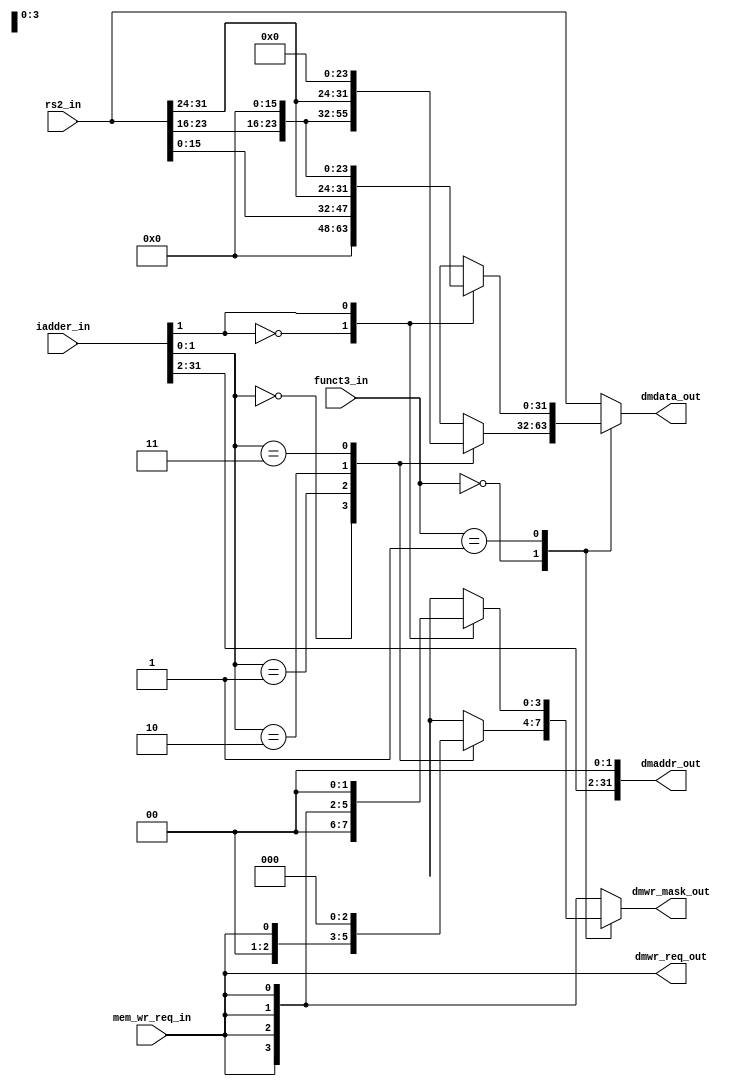
module store_unit(
    input [1:0] funct3_in,      // 00- store byte; 01- store half word; 10- store word
    input [31:0] iadder_in,     // Adderess to be used   // Unaligned
    input [31:0] rs2_in,        // Data to be written    // Unaligned
    input mem_wr_req_in,
    output [31:0] dmdata_out,   // Aligned data
    output [31:0] dmaddr_out,   // Aligned address
    output [3:0] dmwr_mask_out, // Bit mask; 
    output dmwr_req_out         // Write enable signal
    );
    
    // Declaring reg type nets
    reg [31:0] data_out;
    reg [3:0] mask_out;
    
    always @ (*)
    begin
        case (funct3_in)
            2'b00:
            begin
                case (iadder_in[1:0])
                    2'b00:
                    begin
                        mask_out = {1'b0,1'b0,1'b0,mem_wr_req_in};
                        data_out = {8'b0, 8'b0, 8'b0, rs2_in[7:0]};
                    end
                    2'b01:
                    begin
                        mask_out = {1'b0,1'b0,mem_wr_req_in,1'b0};
                        data_out = {8'b0, 8'b0, rs2_in[15:8], 8'b0};
                    end
                    2'b10:
                    begin
                        mask_out = {1'b0,mem_wr_req_in,1'b0,1'b0};
                        data_out = {8'b0, rs2_in[23:16], 8'b0, 8'b0};
                    end
                    2'b11:
                    begin
                        mask_out = {mem_wr_req_in,1'b0,1'b0,1'b0};
                        data_out = {rs2_in[31:24], 8'b0, 8'b0, 8'b0};
                    end
                    default
                    begin
                        mask_out = {4{mem_wr_req_in}};
                        data_out = rs2_in;
                    end
                endcase
            end
            2'b01: 
            begin
                case (iadder_in[1])
                    1'b0: 
                    begin
                        mask_out = {2'b00, {2{mem_wr_req_in}}};
                        data_out = {16'b0, rs2_in[15:0]};
                    end
                    1'b1: 
                    begin
                        mask_out = {{2{mem_wr_req_in}}, 2'b00};
                        data_out = {rs2_in[31:16], 16'b0};
                    end
                    default:
                    begin
                        mask_out = {4{mem_wr_req_in}};
                        data_out = rs2_in;
                    end
                endcase
            end
            default: 
            begin
                mask_out = {4{mem_wr_req_in}};
                data_out = rs2_in;
            end
        endcase
    end
    
    assign dmdata_out       = data_out;
    assign dmaddr_out       = {iadder_in[31:2], 2'b00}; 
    assign dmwr_mask_out    = mask_out;
    assign dmwr_req_out     = mem_wr_req_in;
    
endmodule